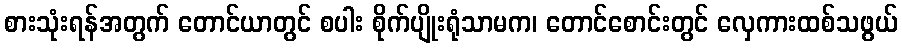
စားသုံးရန်အတွက် တောင်ယာတွင် စပါး စိုက်ပျိုးရုံသာမက၊ တောင်စောင်းတွင် လှေကားထစ်သဖွယ်